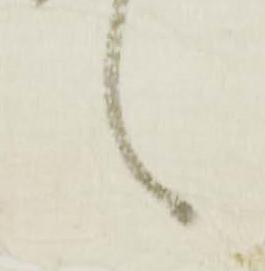
言